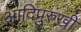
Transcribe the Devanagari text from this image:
आदिपुरुखीं